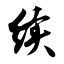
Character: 续